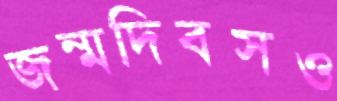
জন্মদিবসও